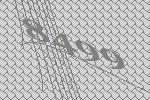
8499